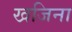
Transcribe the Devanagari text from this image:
खजिना